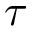
\tau